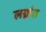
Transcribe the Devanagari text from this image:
लग्नांत